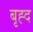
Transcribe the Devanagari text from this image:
बृह्द